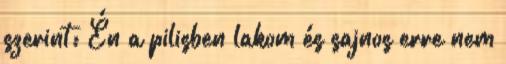
szerint: Én a pilisben lakom és sajnos erre nem